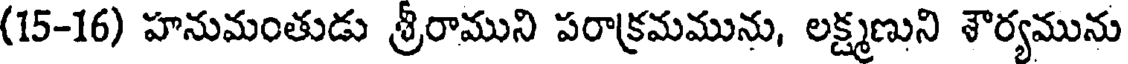
(15-16) హనుమంతుడు శ్రీరాముని పరాక్రమమును, లక్ష్మణుని శౌర్యమును